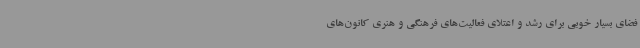
فضای بسیار خوبی برای رشد و اعتلای فعالیت‌های فرهنگی و هنری کانون‌های